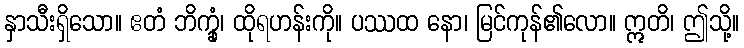
နှာသီးရှိသော။ ဧတံ ဘိက္ခုံ၊ ထိုရဟန်းကို။ ပဿထ နော၊ မြင်ကုန်၏လော။ ဣတိ၊ ဤသို့။